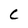
Character: C